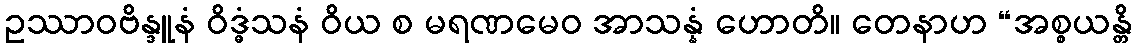
ဥဿာဝဗိန္ဒူနံ ဝိဒ္ဓံသနံ ဝိယ စ မရဏမေဝ အာသန္နံ ဟောတိ။ တေနာဟ “အစ္စယန္တိ